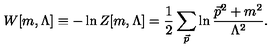
W [ m , \Lambda ] \equiv - \ln Z [ m , \Lambda ] = { \frac { 1 } { 2 } } \sum _ { { \vec { p } } } \ln { \frac { { { \vec { p } } } ^ { 2 } + m ^ { 2 } } { \Lambda ^ { 2 } } } .